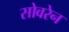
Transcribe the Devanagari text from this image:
सोवरेन